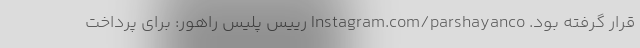
قرار گرفته بود. Instagram.com/parshayanco رییس پلیس راهور: برای پرداخت